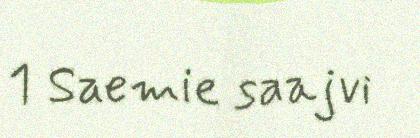
1 Saemie saajvi